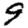
Digit: 9